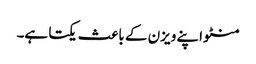
منٹو اپنے ویزن کے باعث یکتا ہے۔